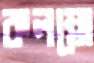
কলম্বো